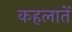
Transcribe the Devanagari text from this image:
कहलातें